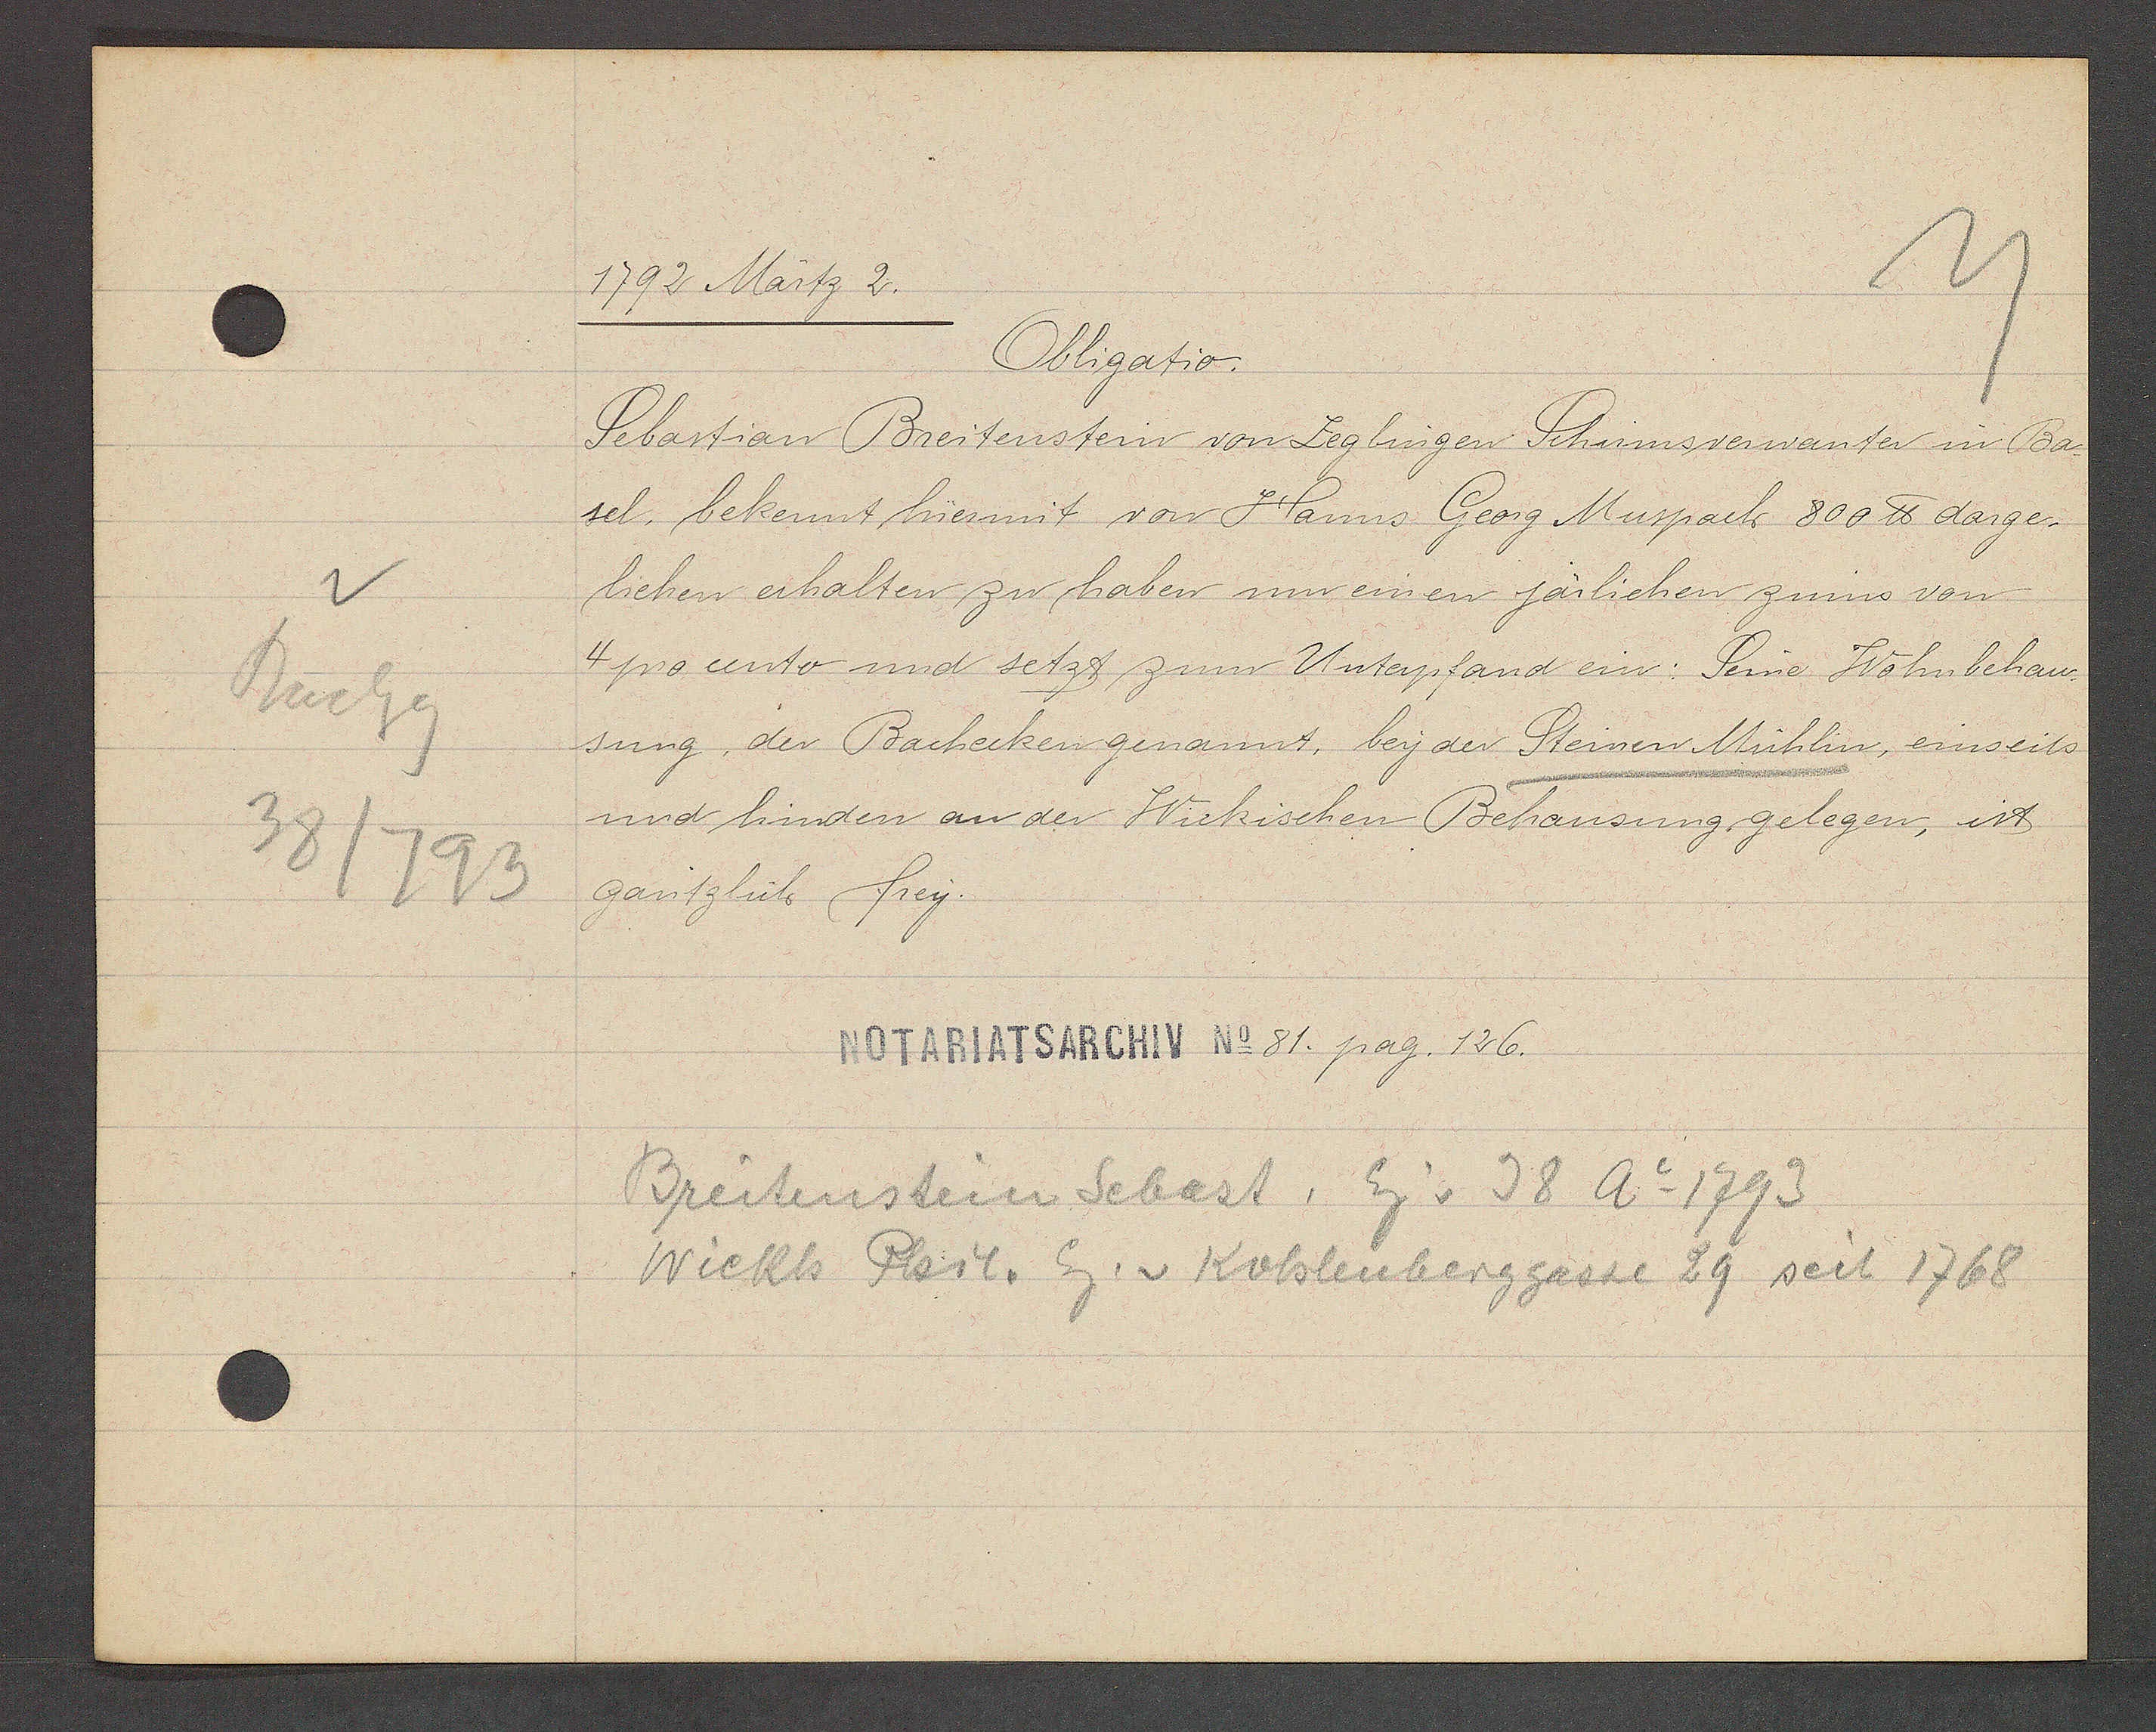
Transcript:
v
Bachg
38/793

1792 Märtz 2.

Obligatio.
Sebastian Breitenstein von Zeglingen Schumsverwanter in Ba-
sel. bekennt hiermit von Hanns Georg Muspach 800 ℔ darge¬
liehen erhalten zu haben um einen järlichen zinns von
4 pro cento und setzt zum Unterpfand ein: Seine Wohnbehau¬
sung, der Bachecken genannt, bey der Steinen Mühlin, einseits
und hinden an der Wickischen Behausung gelegen, ist
gantzlich frey.

Notariatsarchiv No 81. pag. 126.

Breitenstein Sebast. Eig v 38 Ao 1793
Wickh Phil. Eg. v. Kohlenberggasse 29 seit 1768